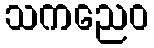
သကညေဝ